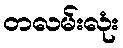
တလမ်းလုံး